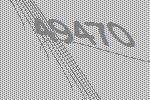
49470